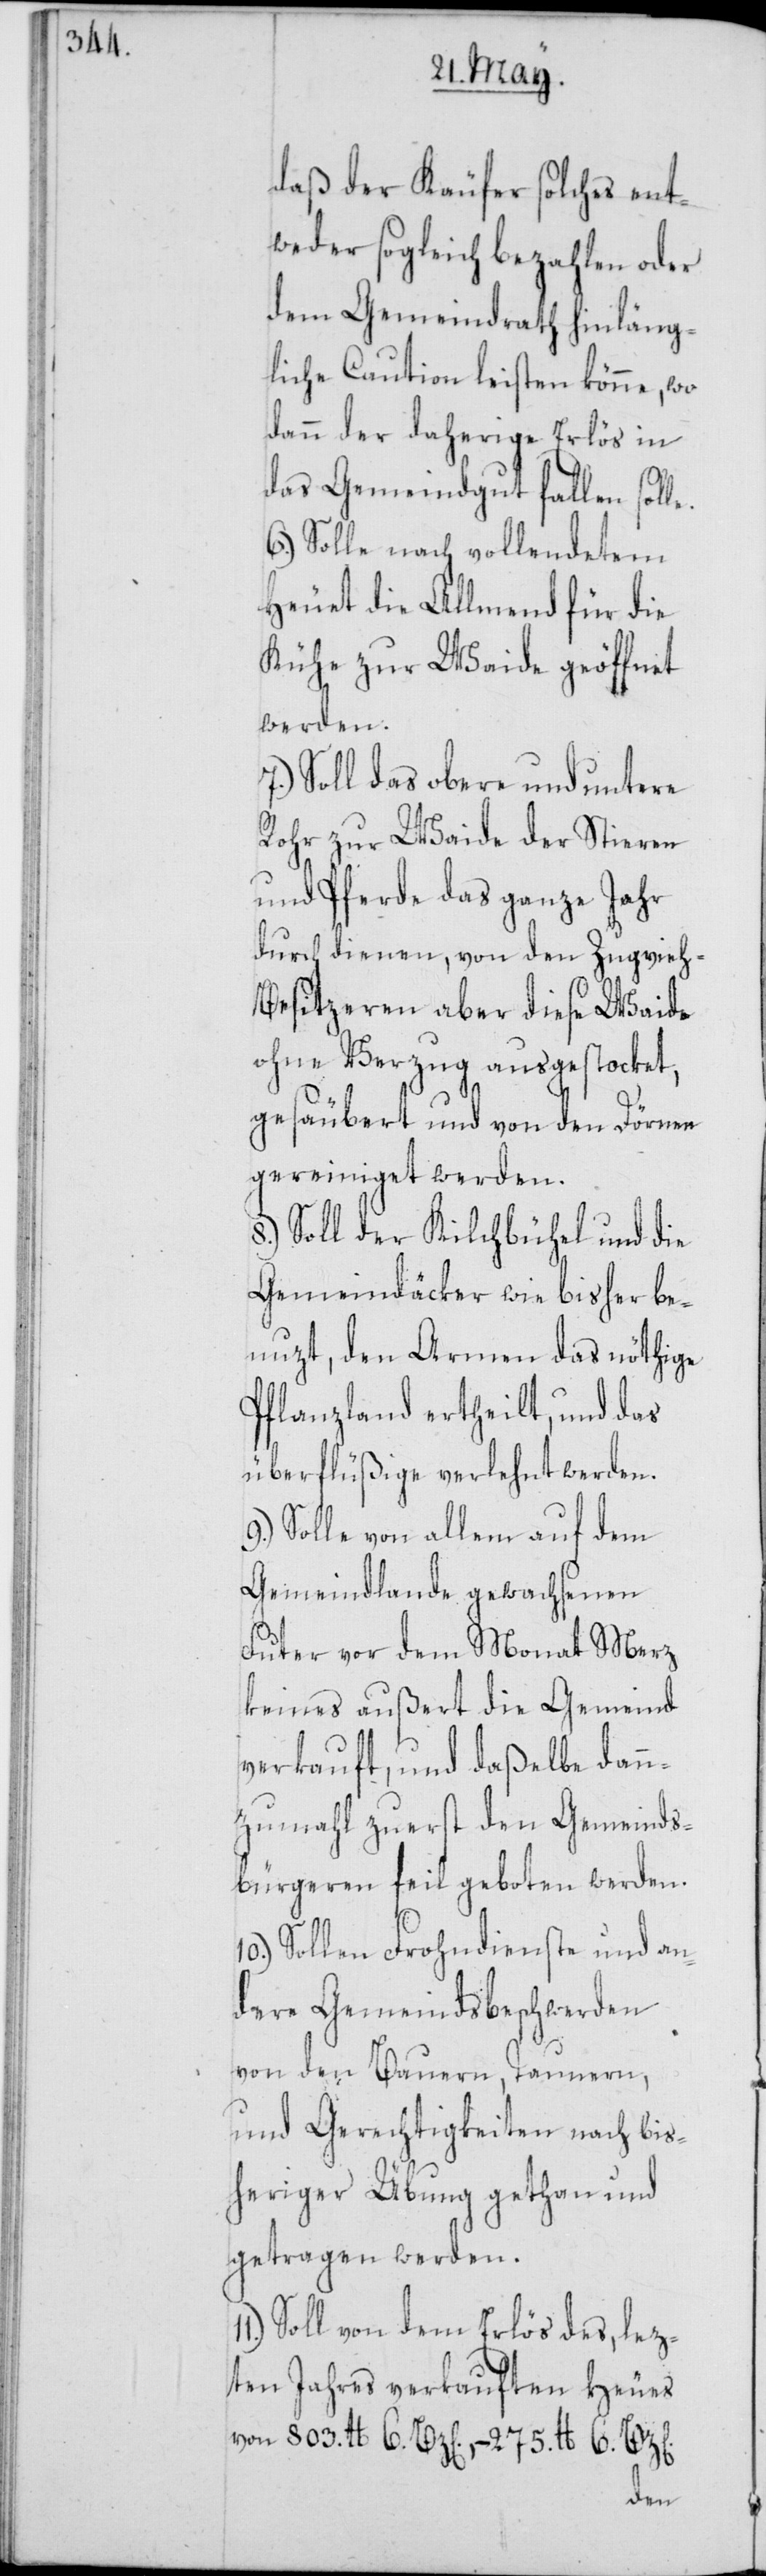
daß der Käufer solches ent¬
weder sogleich bezahlen oder
dem Gemeindrath hinläng¬
liche Caution leisten könne, wo
dann der daherige Erlös in
das Gemeindgut fallen soll¬
6.) Solle nach vollendetem
Heuet die Allmend für die
Kühe zur Waide geöffnet
werden.
7.) Soll das obere und untere
Rohr zur Waide der Stieren
und Pferde das ganze Jahr
durch dienen, von den Zugvieh-B¬
esitzeren aber diese Waide
ohne Verzug ausgestocket,
gesäubert und von den Dörnen
gereiniget werden.
Soll der Kilchbühel und die
Gemeindäcker wie bisher be¬
nuzt, den Armen das nöthige
Pflanzland ertheilt, und das
überflüßige verlehnt werden.
Solle von allem auf dem
Gemeindlande gewachsenen
Futer vor dem Monat Merz
keines außert die Gemeind
verkauft, und daßelbe dann¬
zumahl zuerst den Gemeinds¬
bürgeren feilgeboten werden.
10.) Sollen Frohndienste und an¬
dere Gemeindsbeschwerden
von den Bauern, Taunern,
und Gerechtigkeiten nach bis¬
heriger Übung gethan und
getragen werden.
Soll von dem Erlös des, lez¬
ten Jahres verkauften Heues
von 803. lb 6. Bz[en]., – 275 lb 6. Bz[en]
e.